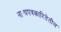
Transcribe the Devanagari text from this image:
नाट्यपत्रकारितेतील